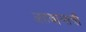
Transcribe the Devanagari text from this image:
अहवालाची